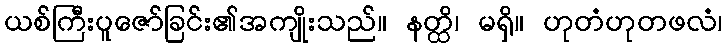
ယစ်ကြီးပူဇော်ခြင်း၏အကျိုးသည်။ နတ္ထိ၊ မရှိ။ ဟုတံဟုတဖလံ၊